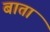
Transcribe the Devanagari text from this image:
बाता